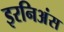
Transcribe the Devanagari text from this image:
इरनिअंस